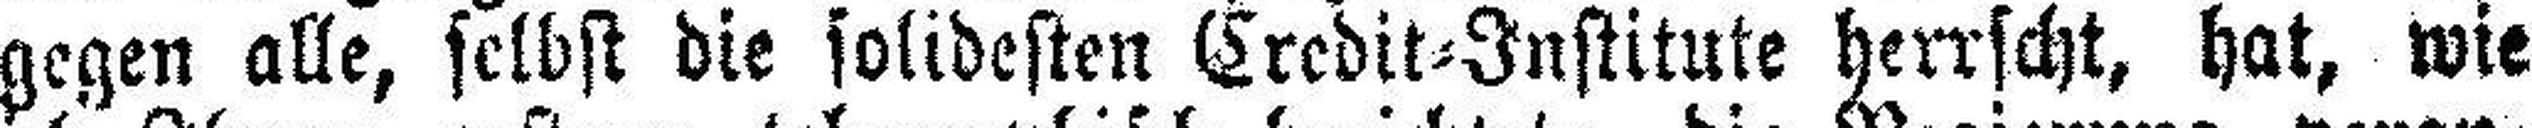
gegen alle, selbst die solidesten Credit=Institute herrscht, hat, wie